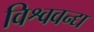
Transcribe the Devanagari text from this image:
विश्ववन्द्य